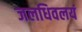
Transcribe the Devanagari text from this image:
जलधिवलयं